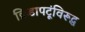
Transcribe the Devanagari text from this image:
क्रिडापटूंविरूद्ध